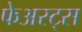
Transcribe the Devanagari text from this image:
फेअस्ट्स